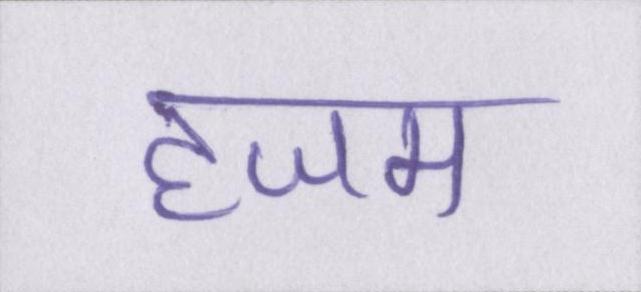
हजम